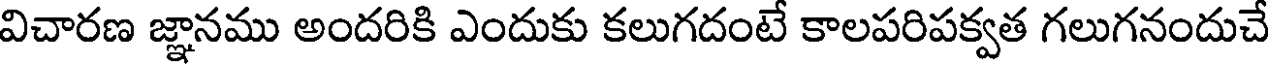
విచారణ జ్ఞానము అందరికి ఎందుకు కలుగదంటే కాలపరిపక్వత గలుగనందుచే